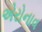
એરોનાવ